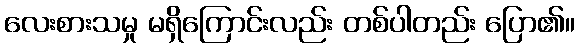
လေးစားသမှု မရှိကြောင်းလည်း တစ်ပါတည်း ပြော၏။